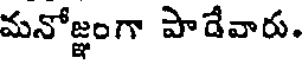
మనోజ్ఞంగా పాడేవారు.